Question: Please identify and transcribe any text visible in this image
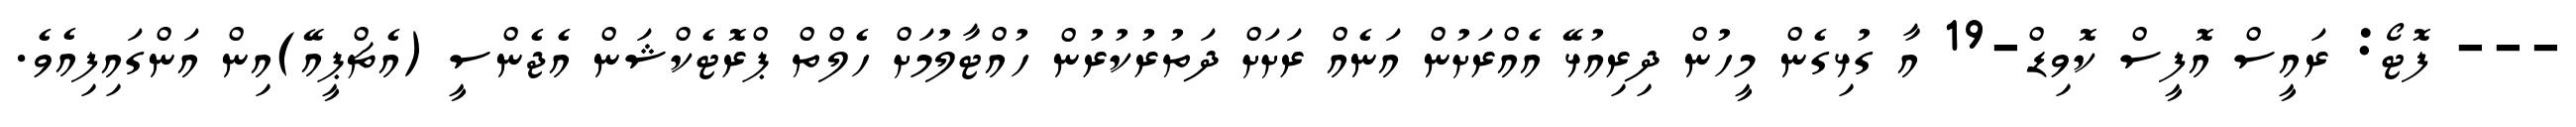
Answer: --- ފޮޓޯ: ރައީސް އޮފީސް ކޮވިޑް-19 އާ ގުޅިގެން މީހުން ދިރިއުޅޭ އެއްރަށުން އަނެއް ރަށަށް ދަތުރުކުރުން ހުއްޓާލުމަށް ހެލްތް ޕްރޮޓެކްޝަން އެޖެންސީ (އެޗްޕީއޭ)އިން އަންގައިފިއެވެ.